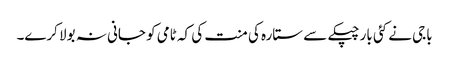
باجی نے کئی بار چپکے سے ستارہ کی منت کی کہ ٹامی کو جانی نہ بولا کرے۔